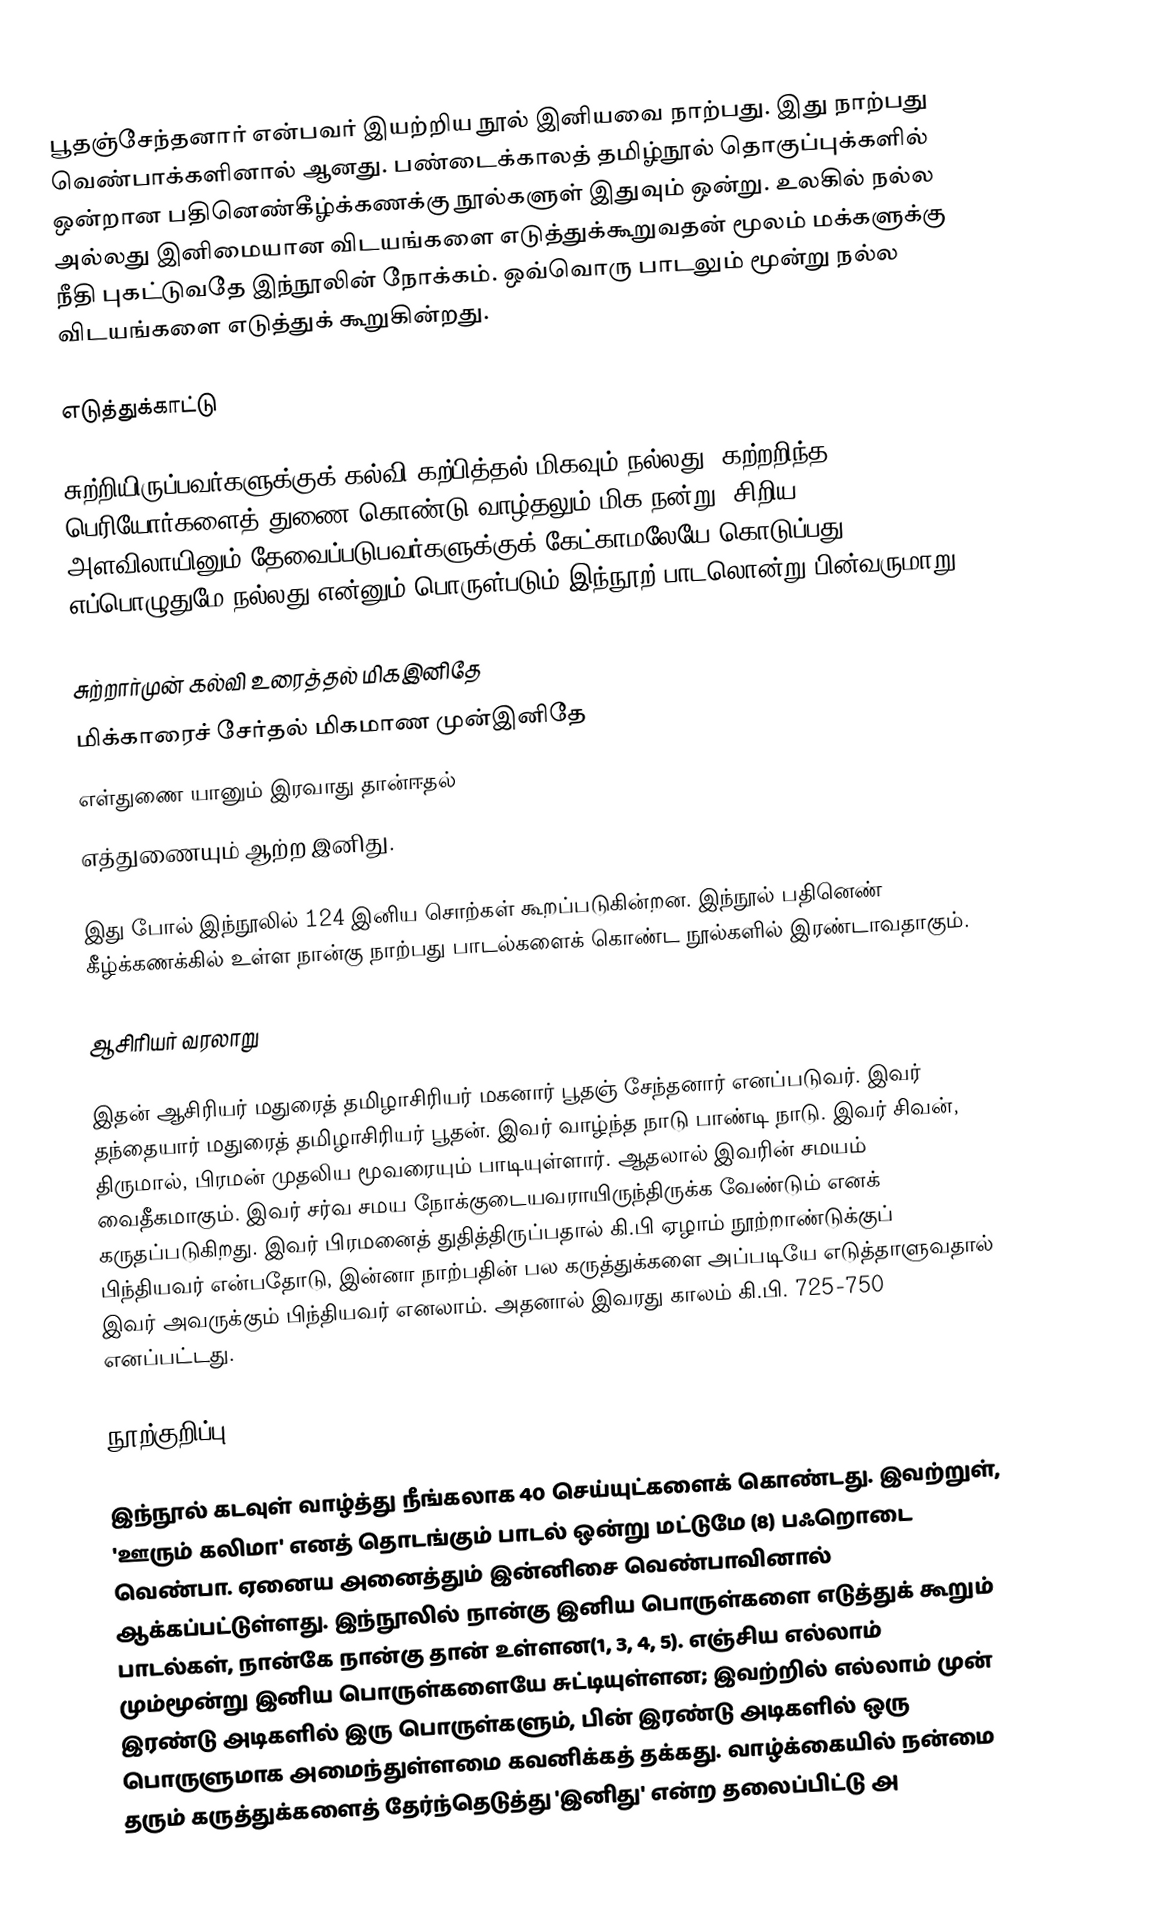
பூதஞ்சேந்தனார் என்பவர் இயற்றிய நூல் இனியவை நாற்பது.  இது நாற்பது வெண்பாக்களினால் ஆனது. பண்டைக்காலத் தமிழ்நூல் தொகுப்புக்களில் ஒன்றான பதினெண்கீழ்க்கணக்கு நூல்களுள் இதுவும் ஒன்று. உலகில் நல்ல அல்லது இனிமையான விடயங்களை எடுத்துக்கூறுவதன் மூலம் மக்களுக்கு நீதி புகட்டுவதே இந்நூலின் நோக்கம். ஒவ்வொரு பாடலும் மூன்று நல்ல விடயங்களை எடுத்துக் கூறுகின்றது.

எடுத்துக்காட்டு

சுற்றியிருப்பவர்களுக்குக் கல்வி கற்பித்தல் மிகவும் நல்லது; கற்றறிந்த பெரியோர்களைத் துணை கொண்டு வாழ்தலும் மிக நன்று; சிறிய அளவிலாயினும் தேவைப்படுபவர்களுக்குக் கேட்காமலேயே கொடுப்பது எப்பொழுதுமே நல்லது என்னும் பொருள்படும் இந்நூற் பாடலொன்று பின்வருமாறு:

 சுற்றார்முன் கல்வி உரைத்தல் மிகஇனிதே
 மிக்காரைச் சேர்தல் மிகமாண முன்இனிதே
 எள்துணை யானும் இரவாது தான்ஈதல்
 எத்துணையும் ஆற்ற இனிது.

இது போல் இந்நூலில் 124 இனிய சொற்கள் கூறப்படுகின்றன. இந்நூல் பதினெண் கீழ்க்கணக்கில் உள்ள நான்கு நாற்பது பாடல்களைக் கொண்ட நூல்களில் இரண்டாவதாகும்.

ஆசிரியர் வரலாறு

இதன் ஆசிரியர் மதுரைத் தமிழாசிரியர் மகனார் பூதஞ் சேந்தனார் எனப்படுவர். இவர் தந்தையார் மதுரைத் தமிழாசிரியர் பூதன். இவர் வாழ்ந்த நாடு பாண்டி நாடு. இவர் சிவன், திருமால், பிரமன் முதலிய மூவரையும் பாடியுள்ளார். ஆதலால் இவரின் சமயம் வைதீகமாகும். இவர் சர்வ சமய நோக்குடையவராயிருந்திருக்க வேண்டும் எனக் கருதப்படுகிறது. இவர் பிரமனைத் துதித்திருப்பதால் கி.பி ஏழாம் நூற்றாண்டுக்குப் பிந்தியவர் என்பதோடு, இன்னா நாற்பதின் பல கருத்துக்களை அப்படியே எடுத்தாளுவதால் இவர் அவருக்கும் பிந்தியவர் எனலாம். அதனால் இவரது காலம் கி.பி. 725-750 எனப்பட்டது.

நூற்குறிப்பு

இந்நூல் கடவுள் வாழ்த்து நீங்கலாக 40 செய்யுட்களைக் கொண்டது. இவற்றுள், 'ஊரும் கலிமா' எனத் தொடங்கும் பாடல் ஒன்று மட்டுமே (8) பஃறொடை வெண்பா. ஏனைய அனைத்தும் இன்னிசை வெண்பாவினால் ஆக்கப்பட்டுள்ளது. இந்நூலில் நான்கு இனிய பொருள்களை எடுத்துக் கூறும் பாடல்கள், நான்கே நான்கு தான் உள்ளன(1, 3, 4, 5). எஞ்சிய எல்லாம் மும்மூன்று இனிய பொருள்களையே சுட்டியுள்ளன; இவற்றில் எல்லாம் முன் இரண்டு அடிகளில் இரு பொருள்களும், பின் இரண்டு அடிகளில் ஒரு பொருளுமாக அமைந்துள்ளமை கவனிக்கத் தக்கது. வாழ்க்கையில் நன்மை தரும் கருத்துக்களைத் தேர்ந்தெடுத்து 'இனிது' என்ற தலைப்பிட்டு அ